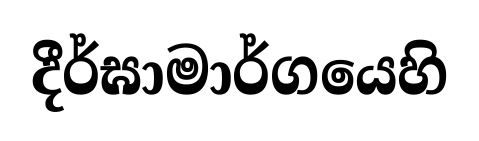
දීර්ඝාමාර්ගයෙහි